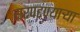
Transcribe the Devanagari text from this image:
सरपटण्याऱ्या